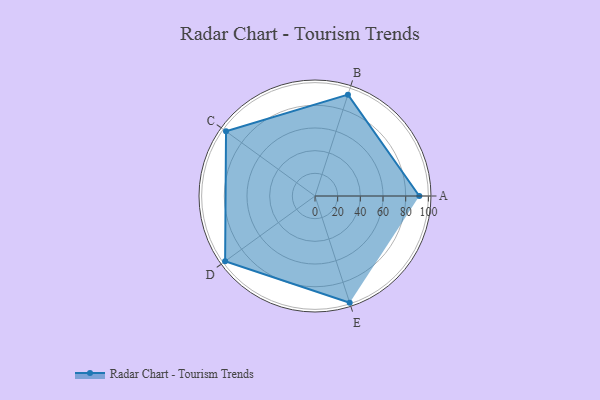
{"axis": {"x": "Skill", "y": "Score"}, "legend": ["Profile"], "data": [{"x": "A", "y": 92.0, "type": "Profile"}, {"x": "B", "y": 94.0, "type": "Profile"}, {"x": "C", "y": 97.0, "type": "Profile"}, {"x": "D", "y": 98.0, "type": "Profile"}, {"x": "E", "y": 99, "type": "Profile"}]}